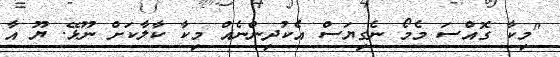
"މިކާ ގޮއްސަ މެމޯ ނެގިޔަސް އެކުދިންނެއް މިކާ ކާލާކަށް ނޫޅޭ. ޔޫ އާ